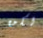
لكن